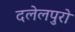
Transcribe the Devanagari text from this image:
दलेलपुरो